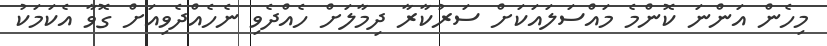
މިހެން އަންނަ ކޮންމެ މައްސަލައަކަށް ސަރުކާރާ ދިމާލަށް ހެއްދެވި ނެހެއްދެވިއަށް ގޮވާ އެކަމަކު